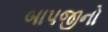
બાપજીનો